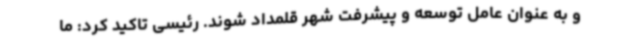
و به عنوان عامل توسعه و پیشرفت شهر قلمداد شوند. رئیسی تاکید کرد: ما